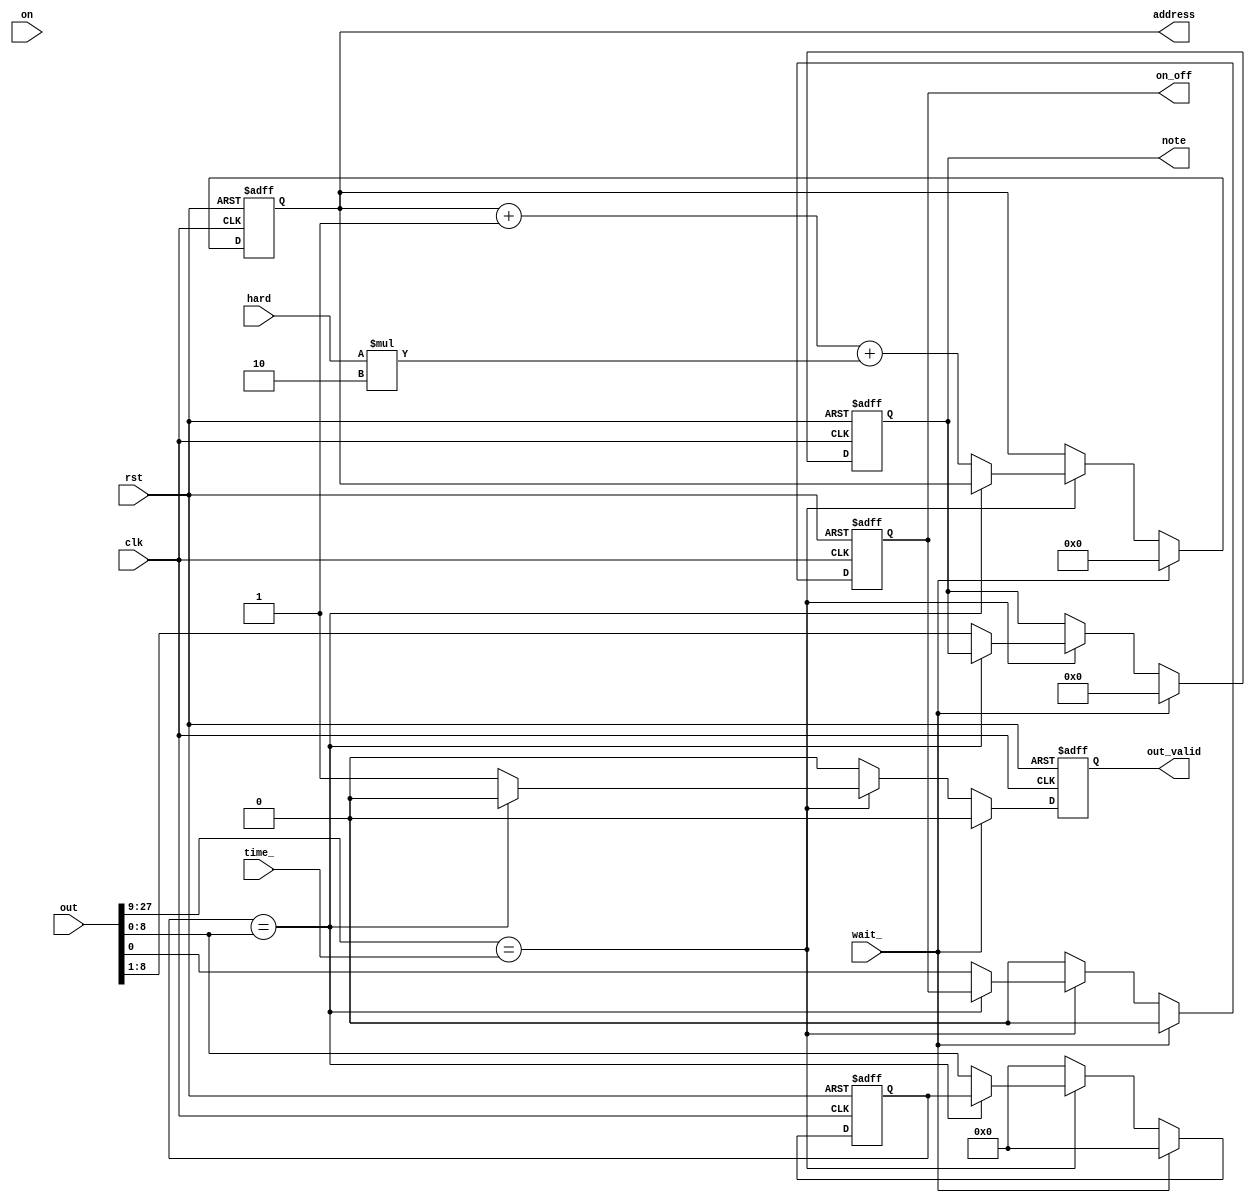
module track_monitor( 
	input clk,
	input rst,
    input on,
    input wait_,
    input [18:0] time_,
    input [27:0] out,
    input [1:0] hard,
    output reg out_valid, 
    output reg on_off, 
    output reg [7:0] note,
    output reg [11:0] address
);
    reg [8:0] sav_note;
    always @(posedge clk or posedge rst) begin
        if (rst) begin
            note <= 0;
            on_off <= 0;
            address <= 0;
            sav_note <= 0;
            out_valid <= 0;
        end
        else begin
            if (wait_) begin
                note <= 0;
                on_off <= 0;
                address <= 0;
                sav_note <= 0;
                out_valid <= 0;
            end else begin
                if (out[27:9] == time_) begin
                    if (sav_note == out[8:0]) begin
                        out_valid <= 1'b0;
                    end else begin
                        out_valid <= 1'b1;
                        {note, on_off} <= out[8:0];
                        sav_note <= out[8:0];
                        address <= address+12'b1+hard*2;
                    end
                end else begin
                    on_off <= 0;
                    sav_note <= 0;
                    out_valid <= 0;
                end
            end
        end
    end
endmodule
module mem_monitor(
	input clk,
    input [11:0] address_0,
    input [11:0] address_1,
    input [11:0] address_2,
    output wire [27:0] out_0,
    output wire [27:0] out_1,
    output wire [27:0] out_2
);
    friction_track_0 tone(
        .clka(clk),
        .wea(0),
        .addra((address_0)%1342),
        .dina(0),
        .douta(out_0)
    );
    friction_track_0 music_num_1(
        .clka(clk),
        .wea(0),
        .addra((address_1)%1342),
        .dina(0),
        .douta(out_1)
    );
    friction_track_1 music_num_2(
    	.clka(clk),
    	.wea(0),
    	.addra(address_2),
    	.dina(0),
    	.douta(out_2)
    );

endmodule